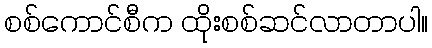
စစ်ကောင်စီက ထိုးစစ်ဆင်လာတာပါ။